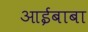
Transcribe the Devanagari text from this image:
आईबाबा